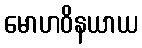
မောဟဝိနယာယ